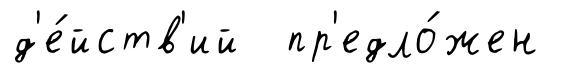
д'е́йств'ий пр'едло́жен